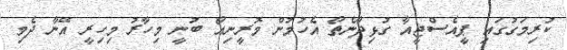
ކުރިމަގުގައި ޕީއެސްޖީއާ ގުޅިދާނެތޯ އެހުމުން މޮރީނިއޯ ބުނީ މިހާރު މިހިރީ އޭނާ ދެމި